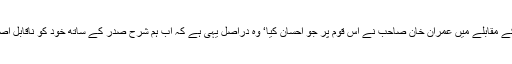
ماضی کے حکمرانوں کے مقابلے میں عمران خان صاحب نے اس قوم پر جو احسان کیا‘ وہ دراصل یہی ہے کہ اب ہم شرح صدر کے ساتھ خود کو ناقابلِ اصلاح سمجھنے لگے ہیں۔